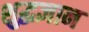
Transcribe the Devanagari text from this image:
शुद्धज्ञान